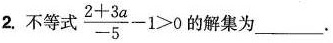
2. 不等式 $$\frac { 2 + 3 a } { - 5 } - 1 > 0$$ 的解集为___。